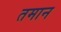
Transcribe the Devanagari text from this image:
तमान